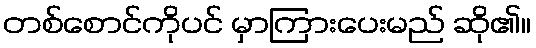
တစ်စောင်ကိုပင် မှာကြားပေးမည် ဆို၏။